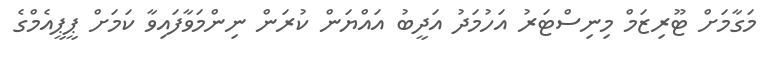
މަގާމަށް ޓޫރިޒަމް މިނިސްޓަރު އަހުމަދު އަދީބު އައްޔަން ކުރަން ނިންމަވާފައިވާ ކަމަށް ޕީޕީއެމްގެ